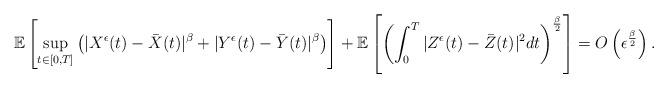
LaTeX: \begin{align*}\mathbb{E}\left[ \sup\limits_{t\in\lbrack0,T]}\left( |X^{\epsilon}(t)-\bar{X}(t)|^{\beta}+|Y^{\epsilon}(t)-\bar{Y}(t)|^{\beta}\right) \right]+\mathbb{E}\left[ \left( \int_{0}^{T}|Z^{\epsilon}(t)-\bar{Z}(t)|^{2}dt\right) ^{\frac{\beta}{2}}\right] =O\left( \epsilon^{\frac{\beta}{2}}\right) .\end{align*}